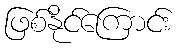
ဖြစ်နိုင်ကြောင်း